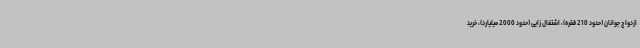
ازدواج جوانان (حدود 210 فقره)، اشتغال زایی (حدود 2000 میلیارد)، خرید